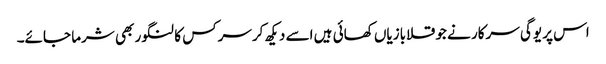
اس پر یوگی سرکار نے جو قلابازیاں کھائی ہیں اسے دیکھ کرسرکس کا لنگور بھی شرما جائے۔